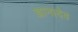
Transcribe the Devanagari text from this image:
ज्ञानादेव